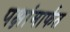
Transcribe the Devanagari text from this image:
पक्षांमार्फत